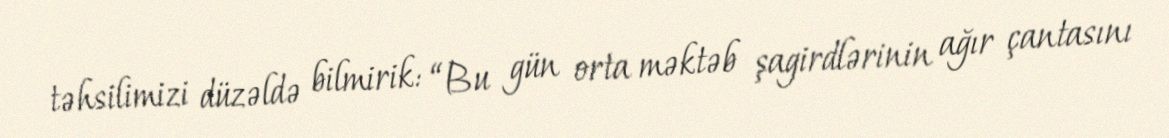
təhsilimizi düzəldə bilmirik: “Bu gün orta məktəb şagirdlərinin ağır çantasını